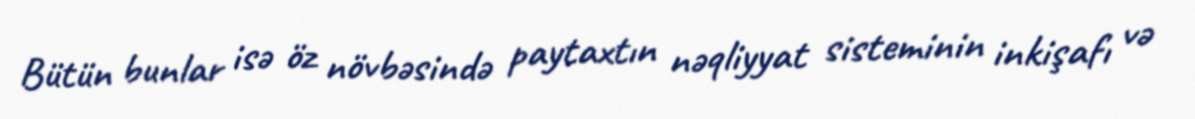
Bütün bunlar isə öz növbəsində paytaxtın nəqliyyat sisteminin inkişafı və